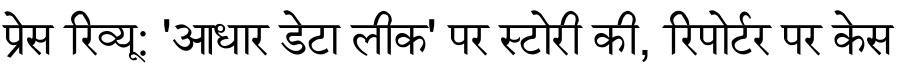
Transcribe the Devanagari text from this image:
प्रेस रिव्यू: 'आधार डेटा लीक' पर स्टोरी की, रिपोर्टर पर केस